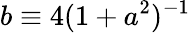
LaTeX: b\equiv 4(1+a^{2})^{-1}